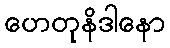
ဟေတုနိဒါနော